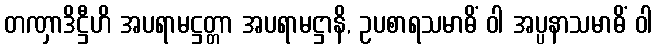
တဏှာဒိဋ္ဌီဟိ အပရာမဋ္ဌတ္တာ အပရာမဋ္ဌာနိ, ဥပစာရသမာဓိံ ဝါ အပ္ပနာသမာဓိံ ဝါ